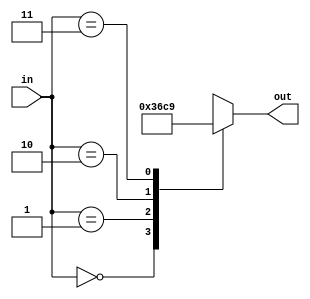
module full_step_waveform_decoder(
    input wire [1:0] in,
    output reg [3:0] out /* Coil1 Coil3 Coil2 Coil4 */
);

always @(*) begin
    case(in)
        2'b00: out = 4'b0011;
        2'b01: out = 4'b0110;
        2'b10: out = 4'b1100;
        2'b11: out = 4'b1001;
    endcase
end

endmodule